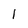
Character: I